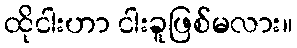
ထိုငါးဟာ ငါးခူဖြစ်မလား။